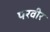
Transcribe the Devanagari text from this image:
परवीर